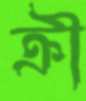
ক্রী